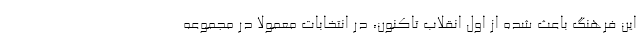
این فرهنگ باعث شده از اول انقلاب تاکنون، در انتخابات معمولا در مجموعه